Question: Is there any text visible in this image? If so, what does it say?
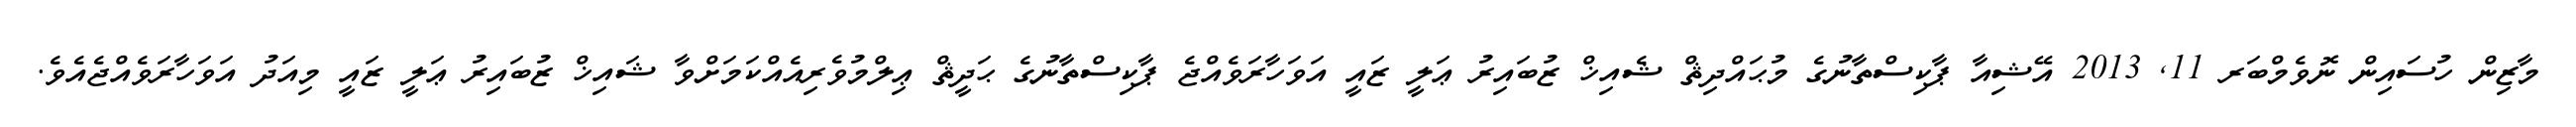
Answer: މާޒިން ހުސައިން ނޮވެމްބަރ 11, 2013 އޭޝިއާ ޕާކިސްތާނުގެ މުޙައްދިޘް ޝެއިޚް ޒުބައިރު ޢަލީ ޒައީ އަވަހާރަވެއްޖެ ޕާކިސްތާނުގެ ޙަދީޘް ޢިލްމުވެރިއެއްކަމަށްވާ ޝައިޚް ޒުބައިރު ޢަލީ ޒައީ މިއަދު އަވަހާރަވެއްޖެއެވެ.